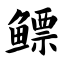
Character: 鳔